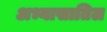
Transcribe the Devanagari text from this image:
अभ्यासातिल